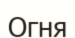
Огня